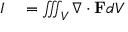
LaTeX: \begin{array} { r l } { I } & { { } = \iiint _ { V } \nabla \cdot \mathbf { F } d V } \end{array}